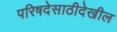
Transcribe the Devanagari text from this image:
परिषदेसाठीदेखील